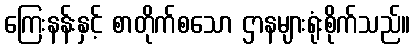
ကြေးနန်းနှင့် စာတိုက်စသော ဌာနများရုံးစိုက်သည်။